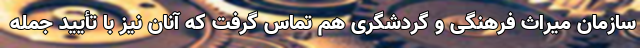
سازمان میراث فرهنگی و گردشگری هم تماس گرفت که آنان نیز با تأیید جمله